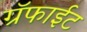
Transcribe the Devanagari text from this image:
ग्रॅफाईट